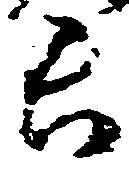
長